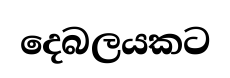
දෙබලයකට